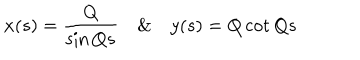
x ( s ) = \frac { Q } { \sin Q s } \& y ( s ) = Q \cot Q s